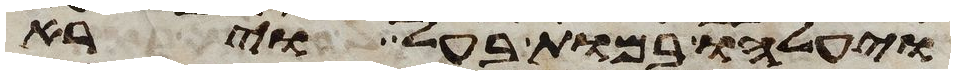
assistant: ויעלהו במות בעל וירא